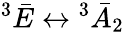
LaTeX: ^{3}\bar{E}\leftrightarrow{^{3}\bar{A}_{2}}